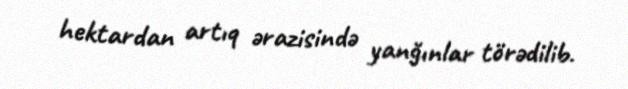
hektardan artıq ərazisində yanğınlar törədilib.